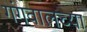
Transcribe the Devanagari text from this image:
गंगवालच्या